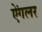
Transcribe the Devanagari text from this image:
ऐंगलर